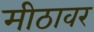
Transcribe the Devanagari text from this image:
मीठावर